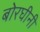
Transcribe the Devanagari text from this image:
बोरघीनी